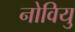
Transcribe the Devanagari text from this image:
नोवियु